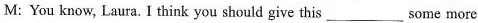
M: You know, Laura. I think you should give this ___ some more